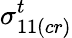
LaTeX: \sigma_{11(cr)}^{t}